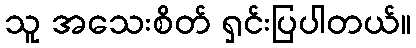
သူ အသေးစိတ် ရှင်းပြပါတယ်။